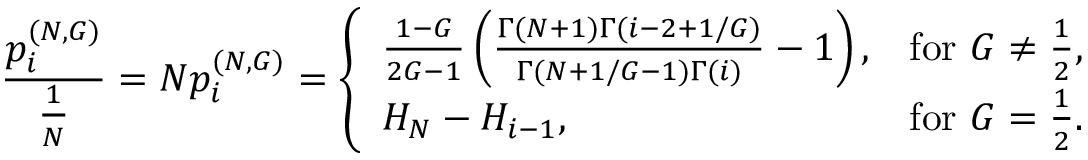
\frac { p _ { i } ^ { ( N , G ) } } { \frac { 1 } { N } } = N p _ { i } ^ { ( N , G ) } = \left\{ \begin{array} { l l } { \frac { 1 - G } { 2 G - 1 } \left( \frac { \Gamma ( N + 1 ) \Gamma ( i - 2 + 1 / G ) } { \Gamma ( N + 1 / G - 1 ) \Gamma ( i ) } - 1 \right) , } & { \mathrm { f o r ~ } G \neq \frac { 1 } { 2 } , } \\ { H _ { N } - H _ { i - 1 } , } & { \mathrm { f o r ~ } G = \frac { 1 } { 2 } . } \end{array} \right.